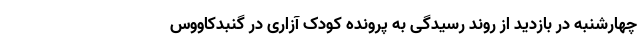
چهارشنبه در بازدید از روند رسیدگی به پرونده کودک آزاری در گنبدکاووس